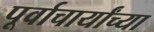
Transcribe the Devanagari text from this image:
पूर्वाचार्यांच्या